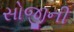
સોજીની